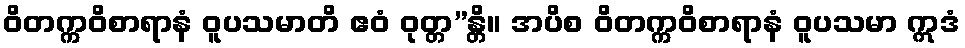
ဝိတက္ကဝိစာရာနံ ဝူပသမာတိ ဧဝံ ဝုတ္တ”န္တိ။ အပိစ ဝိတက္ကဝိစာရာနံ ဝူပသမာ ဣဒံ